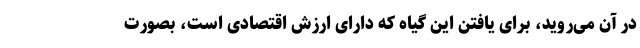
در آن می‌روید، برای یافتن این گیاه که دارای ارزش اقتصادی است، بصورت